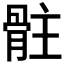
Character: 𩨻